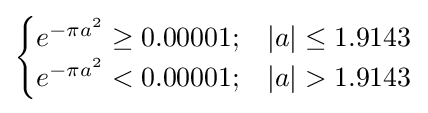
{\begin{cases}e^{-{\pi }a^{2}}\geq 0.00001;&\left|a\right|\leq 1.9143\\e^{-{\pi }a^{2}}<0.00001;&\left|a\right|>1.9143\end{cases}}